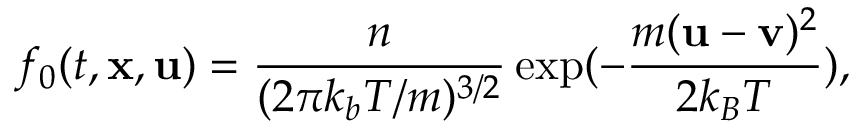
f _ { 0 } ( t , \mathbf { x } , \mathbf { u } ) = \frac { n } { ( 2 \pi k _ { b } T / m ) ^ { 3 / 2 } } \exp ( - \frac { m ( \mathbf { u } - \mathbf { v } ) ^ { 2 } } { 2 k _ { B } T } ) ,